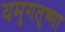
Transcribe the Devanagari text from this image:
यमृगतृष्णा